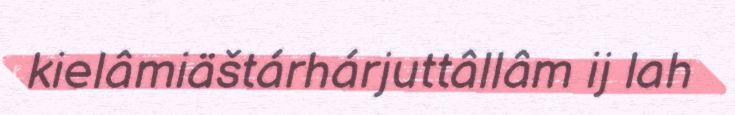
kielâmiäštárhárjuttâllâm ij lah